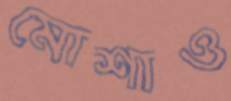
মোশাও